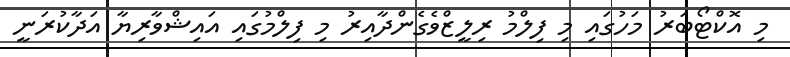
މި އޮކްޓޯބަރު މަހުގައި މި ފިލްމު ރިލީޒްވެގެންދާއިރު މި ފިލްމުގައި އައިޝްވާރިޔާ އަދާކުރަނީ